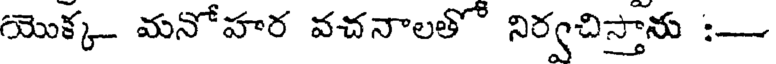
యొక్క మనోహర వచనాలతో నిర్వచిస్తాను :-